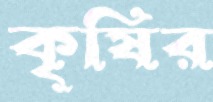
কৃষির